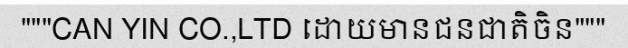
"""CAN YIN CO.,LTD ដោយមានជនជាតិចិន"""